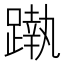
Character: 𨄴